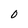
Character: 0